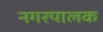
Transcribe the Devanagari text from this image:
नगरपालक